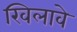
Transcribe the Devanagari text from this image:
खिलावे